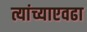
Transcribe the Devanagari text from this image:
त्यांच्याएवढा